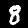
Digit: 8